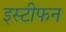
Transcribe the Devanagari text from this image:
इस्टीफन